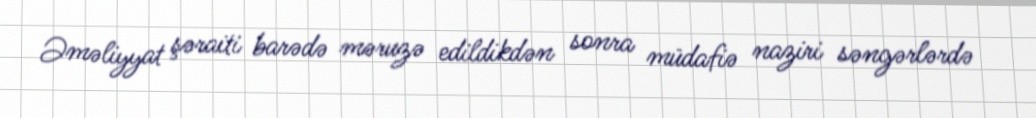
Əməliyyat şəraiti barədə məruzə edildikdən sonra müdafiə naziri səngərlərdə